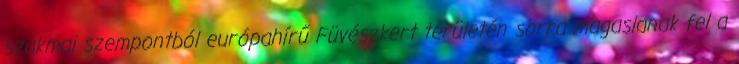
szakmai szempontból európahírű Füvészkert területén sorra magaslanak fel a